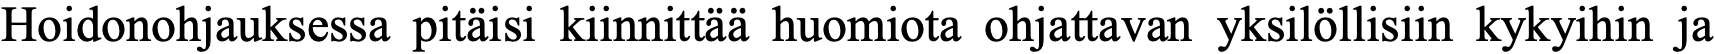
Hoidonohjauksessa pitäisi kiinnittää huomiota ohjattavan yksilöllisiin kykyihin ja